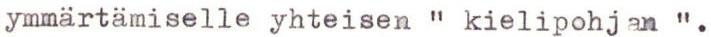
ymmärtämiselle yhteisen " kielipohjan ".